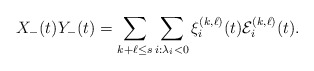
\begin{align*}X_-(t)Y_-(t)= \sum_{k+\ell\leq s}\sum_{i:\lambda_i<0 } \xi^{(k,\ell)}_i(t)\mathcal{E}^{(k,\ell)}_i(t).\end{align*}